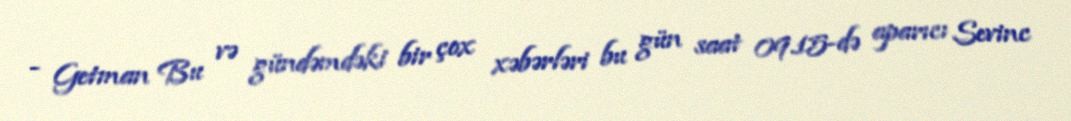
- Getman Bu və gündəmdəki bir çox xəbərləri bu gün saat 09.15-də aparıcı Sevinc